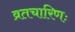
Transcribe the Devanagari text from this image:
व्रतचारिणः